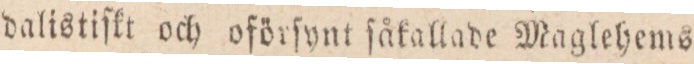
dalistiſkt och oförſynt ſåkallade Maglehems